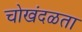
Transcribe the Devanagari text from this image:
चोखंदळता